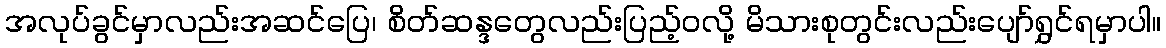
အလုပ်ခွင်မှာလည်းအဆင်ပြေ၊ စိတ်ဆန္ဒတွေလည်းပြည့်ဝလို့ မိသားစုတွင်းလည်းပျော်ရွှင်ရမှာပါ။